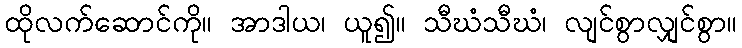
ထိုလက်ဆောင်ကို။ အာဒါယ၊ ယူ၍။ သီဃံသီဃံ၊ လျင်စွာလျှင်စွာ။